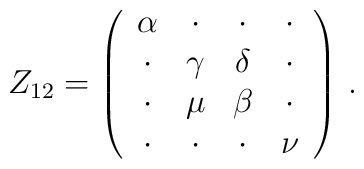
Z_{12}=\left( \begin{array}{cccc} \alpha &\cdot &\cdot&\cdot \\\cdot&\gamma &\delta &\cdot \\ \cdot&\mu &\beta &\cdot \\\cdot&\cdot&\cdot&\nu \end{array} \right)\,.